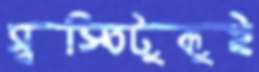
স্বস্তিটুকুই